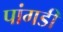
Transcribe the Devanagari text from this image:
पांगडी